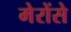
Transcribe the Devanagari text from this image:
मेरोंसे